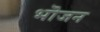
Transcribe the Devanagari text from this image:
भॊजन